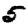
Digit: 5